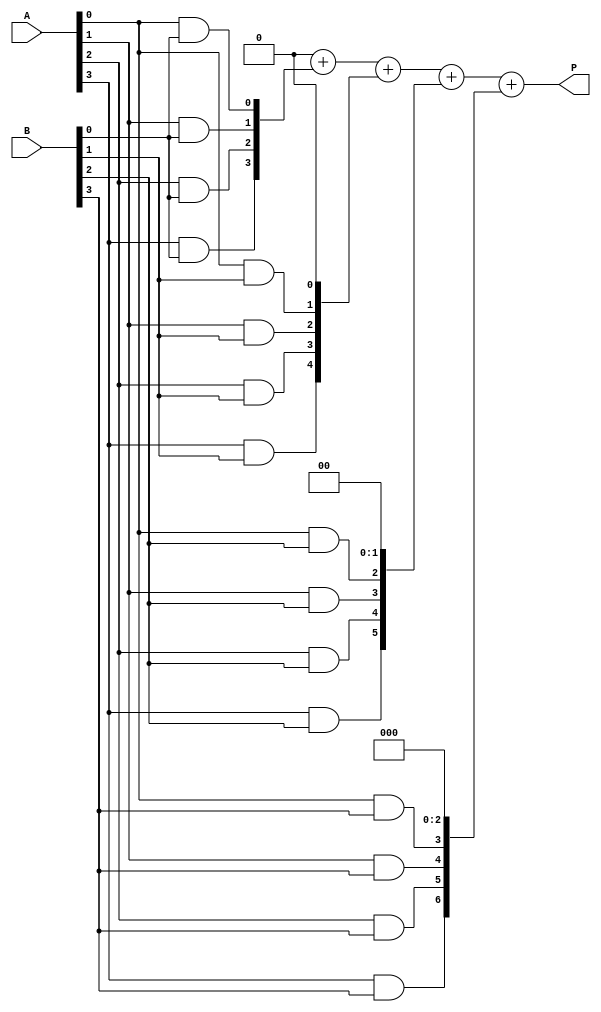
module array_multiplier #(parameter A_WIDTH = 4, B_WIDTH = 4)(
    input [A_WIDTH-1:0] A,   // m-bit input A
    input [B_WIDTH-1:0] B,   // n-bit input B
    output reg [A_WIDTH+B_WIDTH-1:0] P // (m+n)-bit output P
);

    // Partial product array
    wire [A_WIDTH-1:0] pp[B_WIDTH-1:0]; // pp[i] is the i-th partial product

    // Generate partial products
    genvar i, j;
    generate
        for (i = 0; i < B_WIDTH; i = i + 1) begin : partial_product
            for (j = 0; j < A_WIDTH; j = j + 1) begin : and_gate
                assign pp[i][j] = A[j] & B[i]; // AND gate for partial product
            end
        end
    endgenerate

    // Sum the partial products using a simple ripple carry adder approach
    reg [A_WIDTH+B_WIDTH-1:0] sum [B_WIDTH-1:0]; // Intermediate sums
    integer k;

    always @(*) begin
        // Initialize the product to zero
        P = 0;

        // Add partial products to the product
        for (k = 0; k < B_WIDTH; k = k + 1) begin
            // Shift the partial product according to its position
            P = P + (pp[k] << k);
        end
    end

endmodule